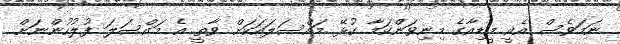
ނަމަވެސް އެއީ މީޑިއާގެ މިނިވަންކަމާ ގުޅޭ މައްސަލައަކަށް ވާތީ އެ މައްސަލަ ފުލުހުންނަށް